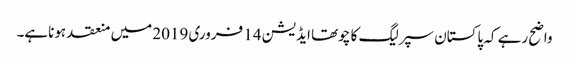
واضح رہے کہ پاکستان سپرلیگ کا چوتھا ایڈیشن 14 فروری 2019 میں منعقد ہوناہے۔